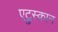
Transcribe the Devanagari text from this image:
एट्रुस्कान